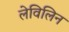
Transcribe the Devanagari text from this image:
लेविलिन